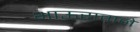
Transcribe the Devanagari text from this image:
भाऊरावाने